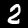
Digit: 2